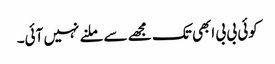
کوئی بی بی ابھی تک مجھے سے ملنے نہیں آئی۔